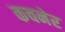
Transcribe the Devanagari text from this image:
कचनेर